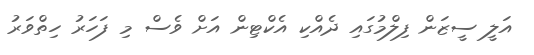
އަލީ ސީޒަން ފިލްމުގައި ދެއްކި އެކްޓިން އަށް ވެސް މި ފަހަރު ހިތްވަރު